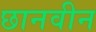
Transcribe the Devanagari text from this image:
छानवीन